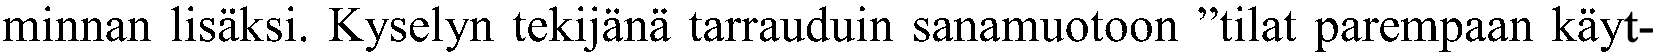
minnan lisäksi. Kyselyn tekijänä tarrauduin sanamuotoon ”tilat parempaan käyt-